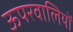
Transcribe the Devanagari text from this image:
ऊपरवालियों